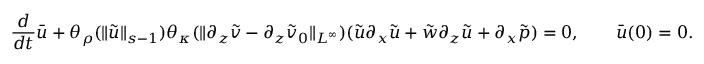
\frac { d } { d t } \bar { u } + \theta _ { \rho } ( \| \tilde { u } \| _ { s - 1 } ) \theta _ { \kappa } ( \| \partial _ { z } \tilde { v } - \partial _ { z } \tilde { v } _ { 0 } \| _ { L ^ { \infty } } ) ( \tilde { u } \partial _ { x } \tilde { u } + \tilde { w } \partial _ { z } \tilde { u } + \partial _ { x } \tilde { p } ) = 0 , \qquad \bar { u } ( 0 ) = 0 .